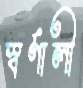
স্বর্ণালী